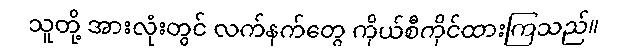
သူတို့ အားလုံးတွင် လက်နက်တွေ ကိုယ်စီကိုင်ထားကြသည်။